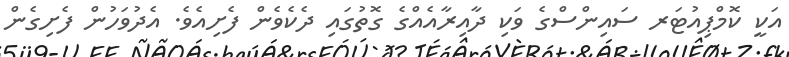
އަކީ ކޮމްޕިއުޓަރ ސައިންސްގެ ވަކި ދާއިރާއެއްގެ ގޮތުގައި ދެކެވެން ފެށިއެވެ. އެދުވަހުން ފެށިގެން